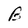
Character: B